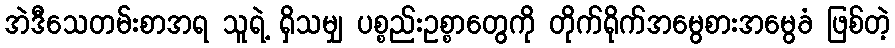
အဲဒီသေတမ်းစာအရ သူရဲ့ ရှိသမျှ ပစ္စည်းဥစ္စာတွေကို တိုက်ရိုက်အမွေစားအမွေခံ ဖြစ်တဲ့